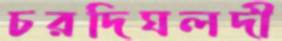
চরদিঘলদী